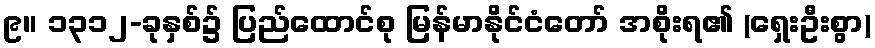
၉။ ၁၃၁၂-ခုနှစ်၌ ပြည်ထောင်စု မြန်မာနိုင်ငံတော် အစိုးရ၏ (ရှေးဦးစွာ)